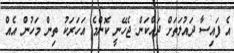
އެ ފައިސާ ދައުލަތަށް ދައްކަން ޖެހޭނީ ކޮންމެ އަހަރަކު ތިން މަހުން އެއް